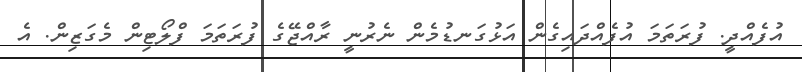
އުފެއްދީ. ފުރަތަމަ އުފެއްދައިގެން އަޅުގަނޑުމެން ނެރުނީ ރާއްޖޭގެ ފުރަތަމަ ފްލޯޓިން މެގަޒިން. އެ